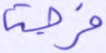
فرجة